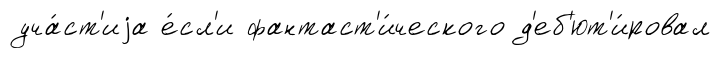
уча́ст'иjа е́сл'и фантаст'и́ческого д'еб'ют'и́ровал